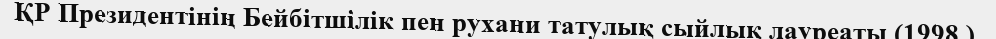
ҚР Президентінің Бейбітшілік пен рухани татулық сыйлық лауреаты (1998.).